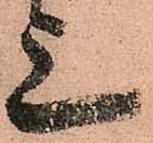
上